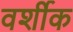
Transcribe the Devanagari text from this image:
वर्शीक